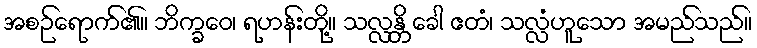
အစဉ်ရောက်၏။ ဘိက္ခဝေ၊ ရဟန်းတို့။ သလ္လန္တိ ခေါ ဧတံ၊ သလ္လံဟူသော အမည်သည်။